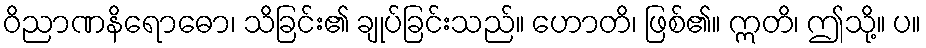
ဝိညာဏနိရောဓော၊ သိခြင်း၏ ချုပ်ခြင်းသည်။ ဟောတိ၊ ဖြစ်၏။ ဣတိ၊ ဤသို့။ ပ။